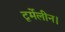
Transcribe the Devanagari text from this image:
टूर्मेलीन।